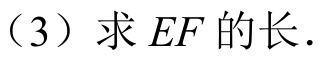
（3）求 \(EF\) 的长.